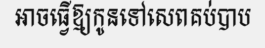
អាចធ្វើឱ្យកូនទៅសេពគប់បាប